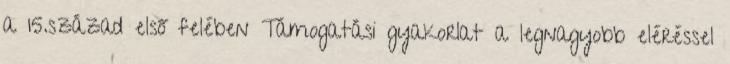
a 15.század első felében Támogatási gyakorlat a legnagyobb eléréssel